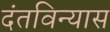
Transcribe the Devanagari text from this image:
दंतविन्यास